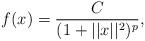
LaTeX: \begin{align*}f(x)=\frac{C}{(1+||x||^2)^p},\end{align*}